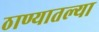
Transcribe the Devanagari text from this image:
ठाण्यातल्या